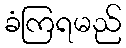
ခံကြရမည်